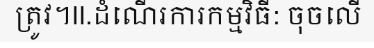
ត្រូវ។II.ដំណើរការកម្មវិធី: ចុចលើ